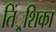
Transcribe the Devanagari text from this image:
तिं्रशिका